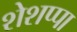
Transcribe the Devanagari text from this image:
शेशप्पा